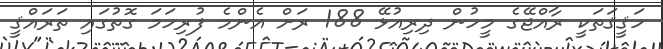
ހަޤީޤަތަކީ ރާއްޖޭގެ މީހުން ދިރިއުޅޭ 188 ރަށް އެންމެ ފުރިހަމަ ގޮތުގައި ތަރައްޤީ